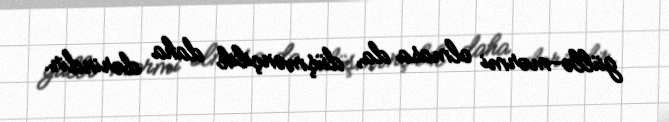
güllə-mərmi olmasa da, düşmənçilik daha dərindir.